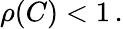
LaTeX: \rho(C)<1\, .